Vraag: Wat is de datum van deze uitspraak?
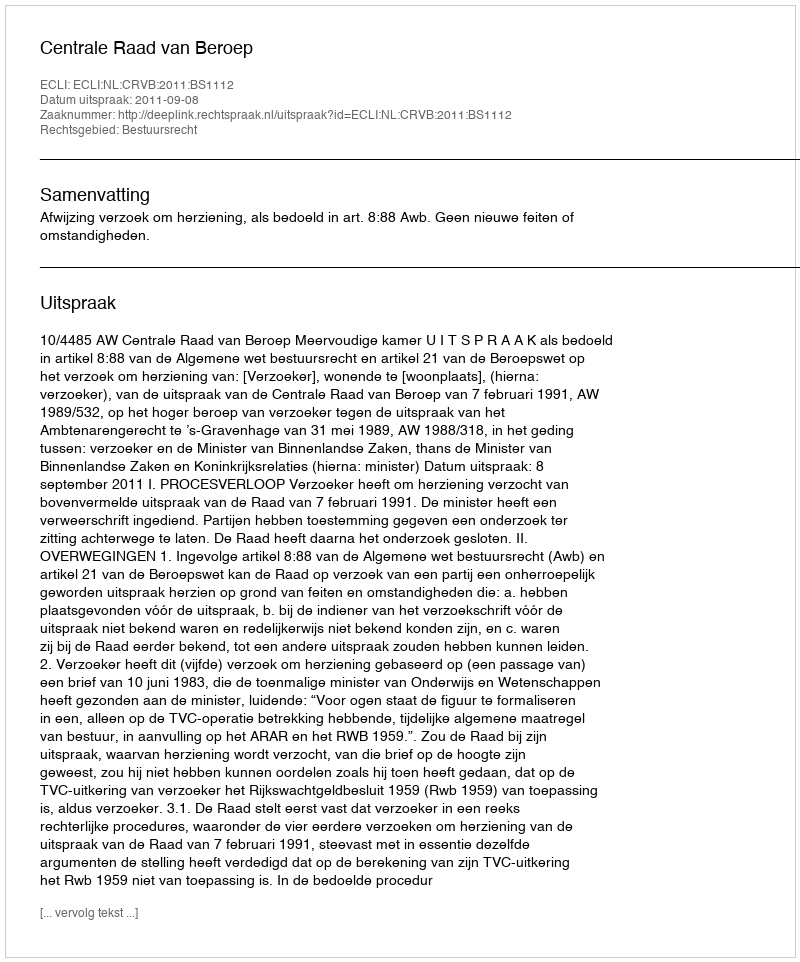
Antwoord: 2011-09-08